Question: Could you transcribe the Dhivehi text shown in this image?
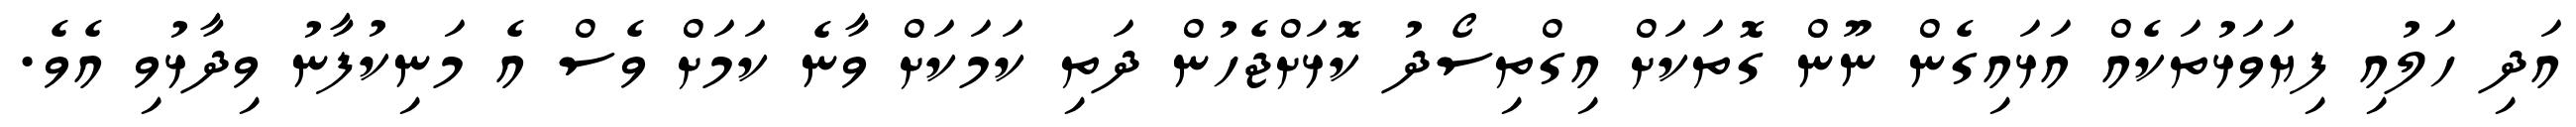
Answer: އަދި ހަލުއި ފިޔަވަޅުތަކެއް އަޅައިގެން ނޫން ގޮތަކަށް އިގްތިސޯދު ކޮޅަށްޖެހުން ދަތި ކަމަކަށް ވާނެ ކަމަށް ވެސް އެ މަނިކުފާނު ވިދާޅުވި އެވެ.